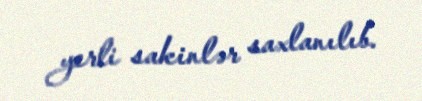
yerli sakinlər saxlanılıb.